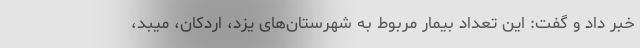
خبر داد و گفت: این تعداد بیمار مربوط به شهرستان‌های یزد، اردکان، میبد،